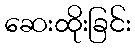
ဆေးထိုးခြင်း